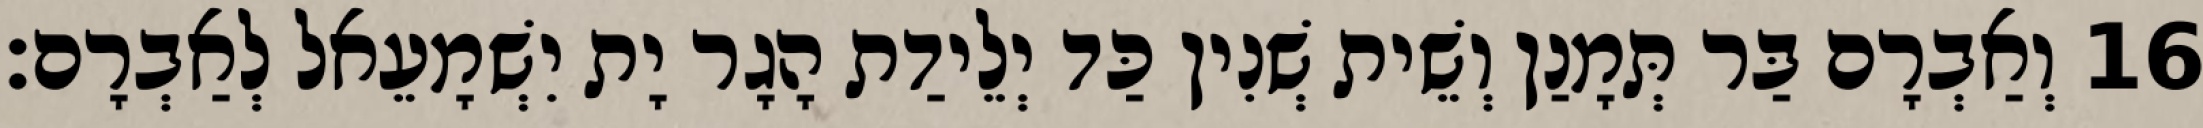
16 וְאַבְרָם בַּר תְּמָנַן וְשֵׁית שְׁנִין כַּד יְלֵידַת הָגָר יָת יִשְׁמָעֵאל לְאַבְרָם׃